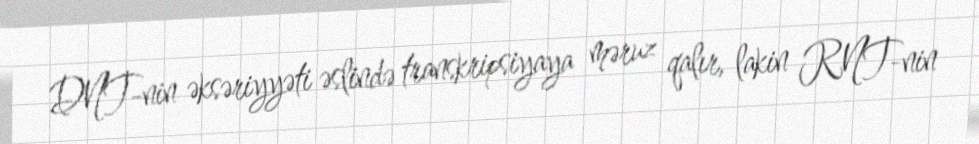
DNT-nin əksəriyyəti əslində transkripsiyaya məruz qalır, lakin RNT-nin